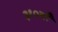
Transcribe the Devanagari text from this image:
३१०वाँ